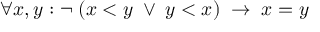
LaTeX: \forall x , y : \neg \; ( x < y \; \vee \; y < x ) \; \to \; x = y